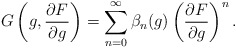
\begin{align*}G \left(g, {\partial F \over \partial g}\right)=\sum_{n=0}^{\infty} \beta_n(g)\left({\partial F \over \partial g}\right)^n.\end{align*}